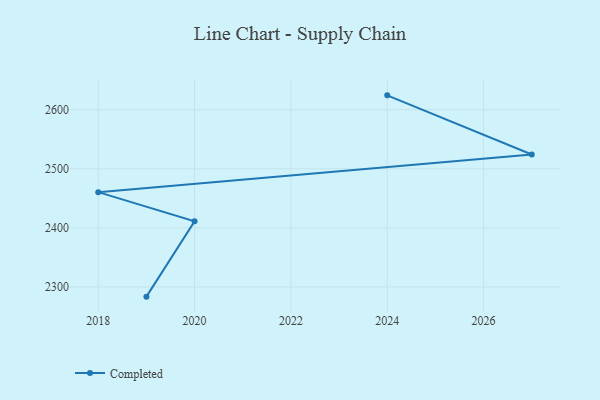
{"axis": {"x": "Year", "y": "Gross Profit (USD K)"}, "legend": ["Completed"], "data": [{"x": "2024", "y": 2624.4, "type": "Completed"}, {"x": "2027", "y": 2524.3, "type": "Completed"}, {"x": "2018", "y": 2460.5, "type": "Completed"}, {"x": "2020", "y": 2411.0, "type": "Completed"}, {"x": "2019", "y": 2283.5, "type": "Completed"}]}